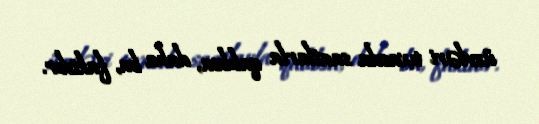
üzvləri tıxacda saatlarla qalıbsa, daha bu, faktdır.